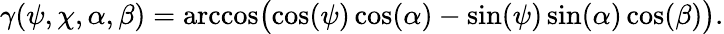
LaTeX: \gamma(\psi,\chi,\alpha,\beta)=\operatorname{arccos}\! \big(\! \cos(\psi)\cos(\alpha)-\sin(\psi)\sin(\alpha)\cos(\beta)\big).